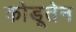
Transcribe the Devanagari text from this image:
कोडूतेन